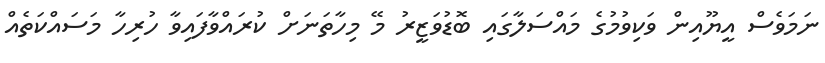
ނަމަވެސް އީޔޫއިން ވަކިވުމުގެ މައްސަލާގައި ބޮޑުވަޒީރު މޭ މިހާތަނަށް ކުރައްވާފައިވާ ހުރިހާ މަސައްކަތެއް